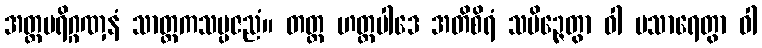
အတ္ထပရိဂ္ဂဏှနံ သာတ္ထကသမ္ပဇညံ။ တတ္ထ ဟတ္ထပါဒေ အတိစိရံ သမိဉ္ဇေတွာ ဝါ ပသာရေတွာ ဝါ